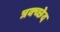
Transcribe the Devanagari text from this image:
त्रक्च्छेद